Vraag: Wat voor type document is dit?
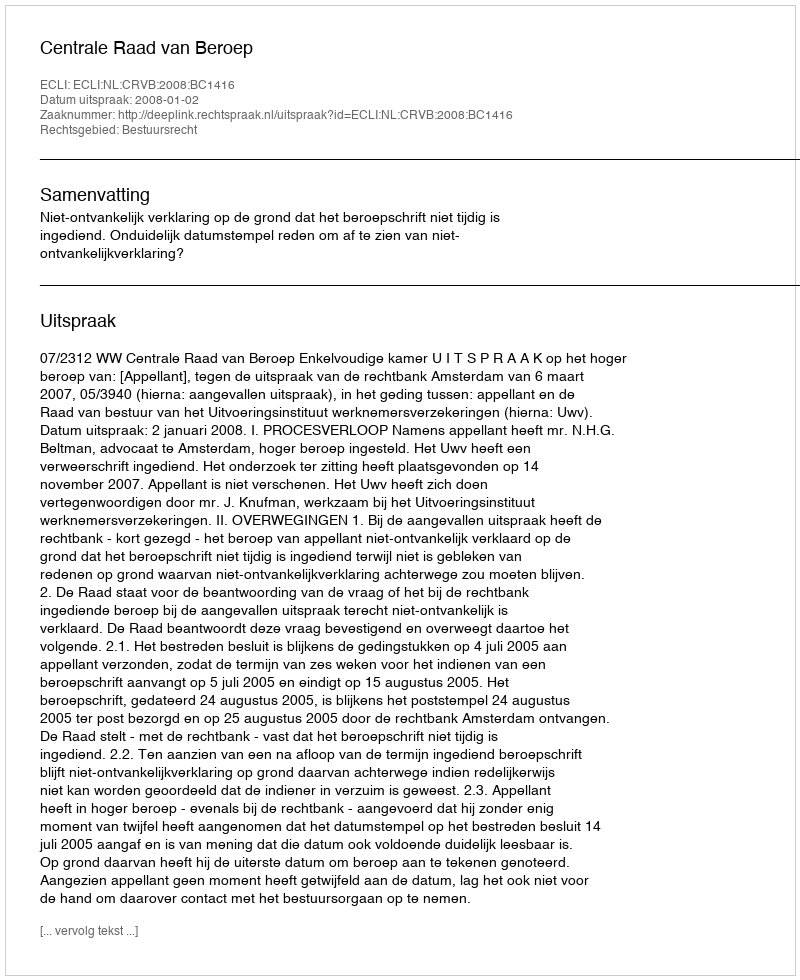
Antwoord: Uitspraak